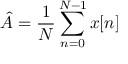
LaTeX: { \hat { A } } = { \frac { 1 } { N } } \sum _ { n = 0 } ^ { N - 1 } x [ n ]